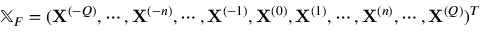
\mathbb { X } _ { F } = ( \mathbf { X } ^ { ( - Q ) } , \allowbreak \cdots , \allowbreak \mathbf { X } ^ { ( - n ) } , \allowbreak \cdots , \allowbreak \mathbf { X } ^ { ( - 1 ) } , \allowbreak \mathbf { X } ^ { ( 0 ) } , \allowbreak \mathbf { X } ^ { ( 1 ) } , \allowbreak \cdots , \mathbf { X } ^ { ( n ) } , \allowbreak \cdots , \allowbreak \mathbf { X } ^ { ( Q ) } ) ^ { T }